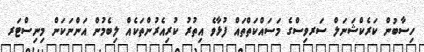
ހިސާބުން ކަރެކްޝަނަލް ސަރވިސްގެ މަސައްކަތްތައް ފުޅާވެ އިތުރު ކުރިއެރުންތަކެއް ލިބެމުން އަންނަކަން މިނިސްޓަރ